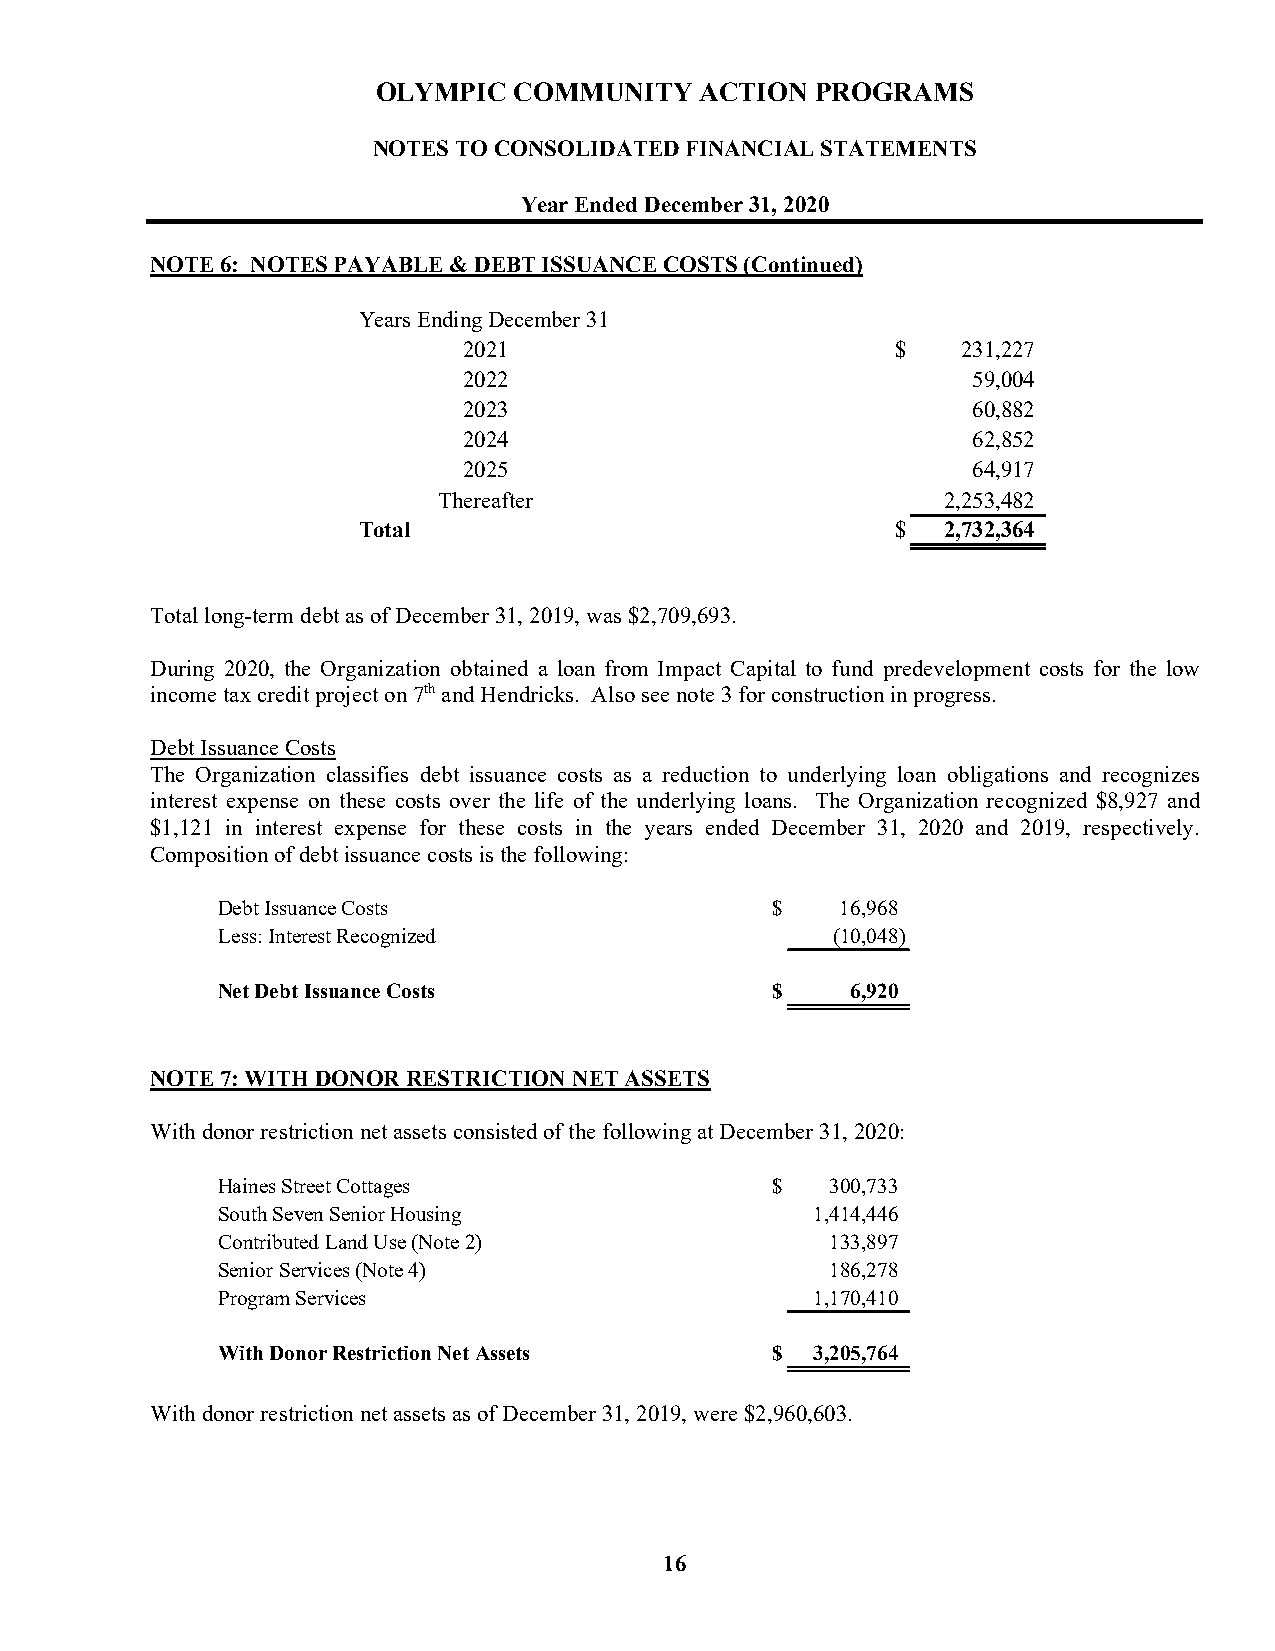
OLYMPIC  COMMUNITY   ACTION  PROGRAMS
 NOTES TO CONSOLIDATED FINANCIAL STATEMENTS
 Year Ended December 31, 2020
 NOTE 6: NOTES PAYABLE & DEBT ISSUANCE COSTS (Continued)
 Years Ending December 31
 2021                        $    2 31,227
 2022                             5 9,004
 2023                             6 0,882
 2024                             6 2,852
 2025                             6 4,917
 Thereafter                        2 ,253,482
 Total                              $   2 ,732,364
 Total long-term debt as of December 31, 2019, was $2,709,693.
 During 2020, the Organization obtained a loan from Impact Capital to fund predevelopment costs for the low
 income tax credit project on 7th and Hendricks. Also see note 3 for construction in progress.
 Debt Issuance Costs
 The Organization classifies debt issuance costs as a reduction to underlying loan obligations and recognizes
 interest expense on these costs over the life of the underlying loans. The Organization recognized $8,927 and
 $1,121 in interest expense for these costs in the years ended December 31, 2020 and 2019, respectively.
 Composition of debt issuance costs is the following:
 Debt Issuance Costs                  $    16,968
 Less: Interest Recognized                (10,048)
 Net Debt Issuance Costs              $    6,920
 NOTE 7: WITH DONOR RESTRICTION NET ASSETS
 With donor restriction net assets consisted of the following at December 31, 2020:
 Haines Street Cottages               $   300,733
 South Seven Senior Housing              1,414,446
 Contributed Land Use (Note 2)            133,897
 Senior Services (Note 4)                 186,278
 Program Services                        1,170,410
 With Donor Restriction Net Assets    $  3,205,764
 With donor restriction net assets as of December 31, 2019, were $2,960,603.
 16